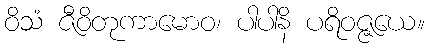
ဝိသံ ဇီဝိတုကာမောဝ၊ ပါပါနိ ပရိဝဇ္ဇယေ။